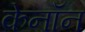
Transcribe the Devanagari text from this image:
केनॉन